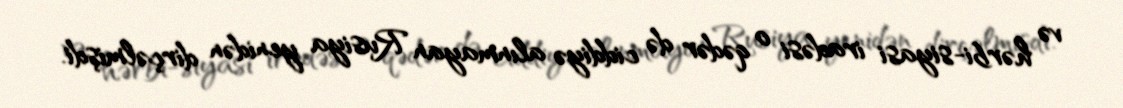
və hərbi-siyasi iradəsi o qədər də ciddiyə alınmayan Rusiya yenidən dirçəlmişdi.